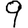
Digit: 9